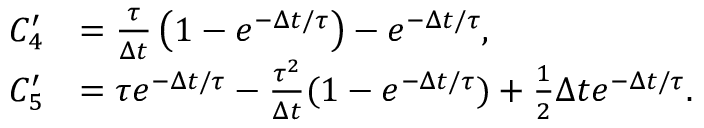
\begin{array} { r l } { C _ { 4 } ^ { \prime } } & { = \frac { \tau } { \Delta t } \left( 1 - e ^ { - \Delta t / \tau } \right) - e ^ { - \Delta t / \tau } , } \\ { C _ { 5 } ^ { \prime } } & { = \tau e ^ { - \Delta t / \tau } - \frac { \tau ^ { 2 } } { \Delta t } ( 1 - e ^ { - \Delta t / \tau } ) + \frac 1 2 \Delta t e ^ { - \Delta t / \tau } . } \end{array}